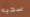
سحبه